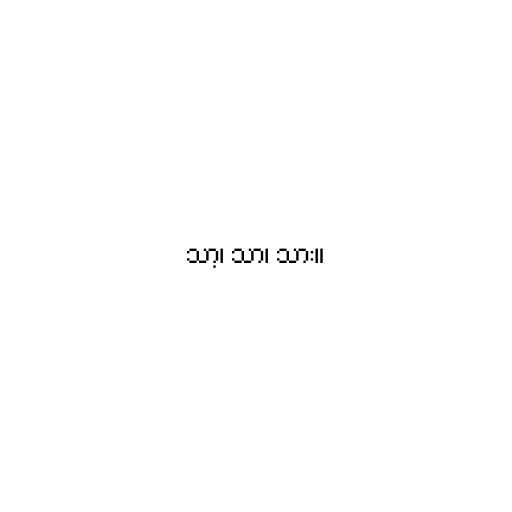
သာ့၊ သာ၊ သား။